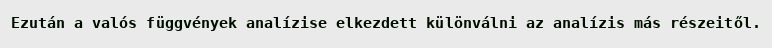
Ezután a valós függvények analízise elkezdett különválni az analízis más részeitől.